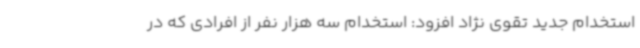
استخدام جدید تقوی نژاد افزود: استخدام سه هزار نفر از افرادی که در